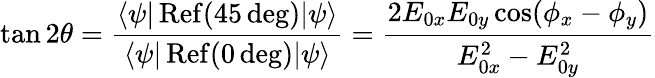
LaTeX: \tan 2\theta={\frac{\langle\psi{\mid}\operatorname{Ref}(45\deg){\mid}\psi\rangle}{\langle\psi{\mid}\operatorname{Ref}(0\deg){\mid}\psi\rangle}}={\frac{2E_{0x}E_{0y}\cos(\phi_{x}-\phi_{y})}{E_{0x}^{2}-E_{0y}^{2}}}